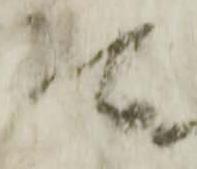
可